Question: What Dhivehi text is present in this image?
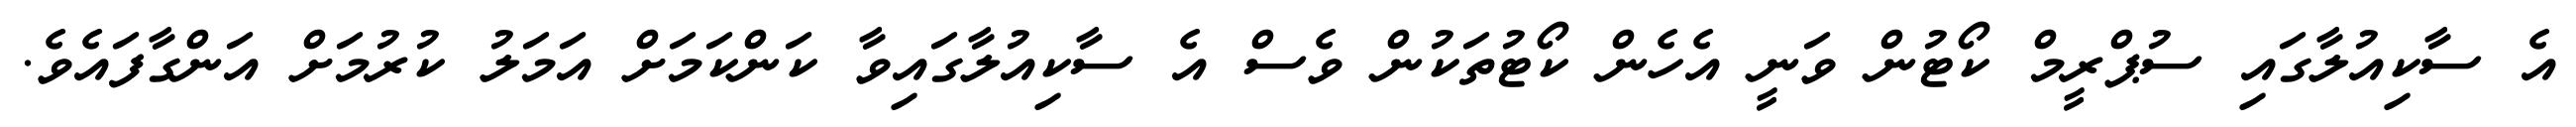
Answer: އެ ސާކިއުލާގައި ސުޕްރީމް ކޯޓުން ވަނީ އެހެން ކޯޓުތަކުން ވެސް އެ ސާކިއުލާގައިވާ ކަންކަމަށް އަމަލު ކުރުމަށް އަންގާފައެވެ.